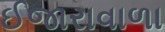
ઈજારાવાળા